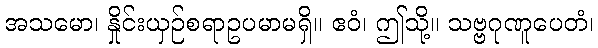
အသမော၊ နှိုင်းယှဉ်စရာဥပမာမရှိ။ ဧဝံ၊ ဤသို့။ သဗ္ဗဂုဏူပေတံ၊